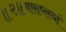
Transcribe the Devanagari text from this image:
॥२॥वाराणस्थां